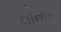
સીનોપ